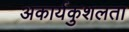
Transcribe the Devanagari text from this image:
अकार्यकुशलता